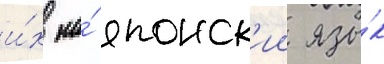
и́х на́ японск'ии язы́к